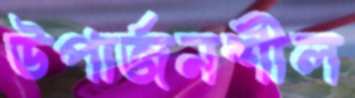
উপার্জনশীল